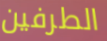
الطرفين